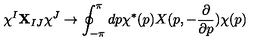
\chi ^ { I } { \bf X } _ { I J } \chi ^ { J } \rightarrow \oint _ { - \pi } ^ { \pi } d p \chi ^ { * } ( p ) X ( p , - \frac { \partial } { \partial p } ) \chi ( p )